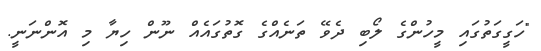
"ހަގީގަތުގައި މީހުންގެ ލޯބި ދެވޭ ތަނެއްގެ ގޮތުގައެއް ނޫން ހިޔާ މި އޮންނަނީ.